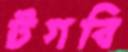
টগবি